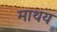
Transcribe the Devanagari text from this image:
माथय